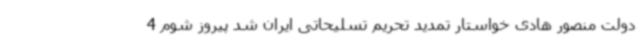
دولت منصور هادی خواستار تمدید تحریم تسلیحاتی ایران شد پیروز شوم 4